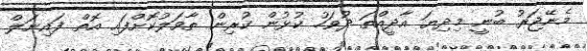
މެނޭޖަރު ބުނީ މިދިޔަ އާދީއްތަ ދުވަހު ކުޅުން ކުރިން ތާވަލުކޮށްފައި އޮތް ފައިނަލް